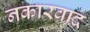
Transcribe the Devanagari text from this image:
नकारवाद